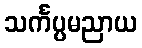
သင်္ကပ္ပမညာယ